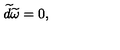
\widetilde { d } \widetilde { \omega } = 0 ,